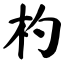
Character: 杓